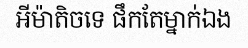
អីម៉ាតិចទេ ផឹកតែម្នាក់ឯង